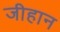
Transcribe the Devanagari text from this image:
जीहान